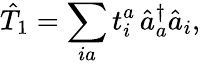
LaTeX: \hat{T}_{1}=\sum_{ia}t_{i}^{a}\, \hat{a}_{a}^{\dagger}\hat{a}_{i},